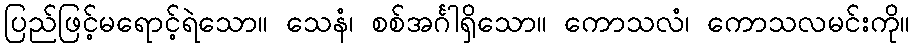
ပြည်ဖြင့်မရောင့်ရဲသော။ သေနံ၊ စစ်အင်္ဂါရှိသော။ ကောသလံ၊ ကောသလမင်းကို။